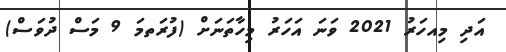
އަދި މިއހަރު 2021 ވަނަ އަހަރު މިހާތަނަށް (ފުރަތމަ 9 މަސް ދުވަސް)